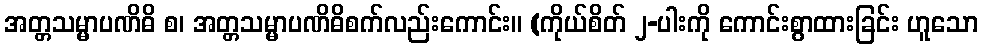
အတ္တသမ္မာပဏိဓိ စ၊ အတ္တသမ္မာပဏိဓိစက်လည်းကောင်း။ (ကိုယ်စိတ် ၂-ပါးကို ကောင်းစွာထားခြင်း ဟူသော